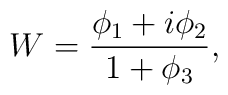
W = \frac{\phi_{1} + i\phi_{2}}{1 + \phi_{3}},